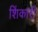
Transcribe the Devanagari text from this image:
शिंकारी